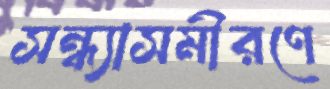
সন্ধ্যাসমীরণে